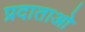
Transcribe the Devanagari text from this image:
प्रदाताओ